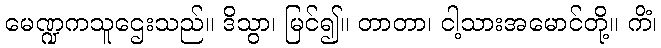
မေဏ္ဍကသူဌေးသည်။ ဒိသွာ၊ မြင်၍။ တာတာ၊ ငါ့သားအမောင်တို့။ ကိံ၊